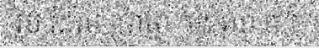
រូប ដែល ប្រាថ្នា ចង់ លា ចាក